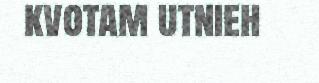
kvotam utnieh